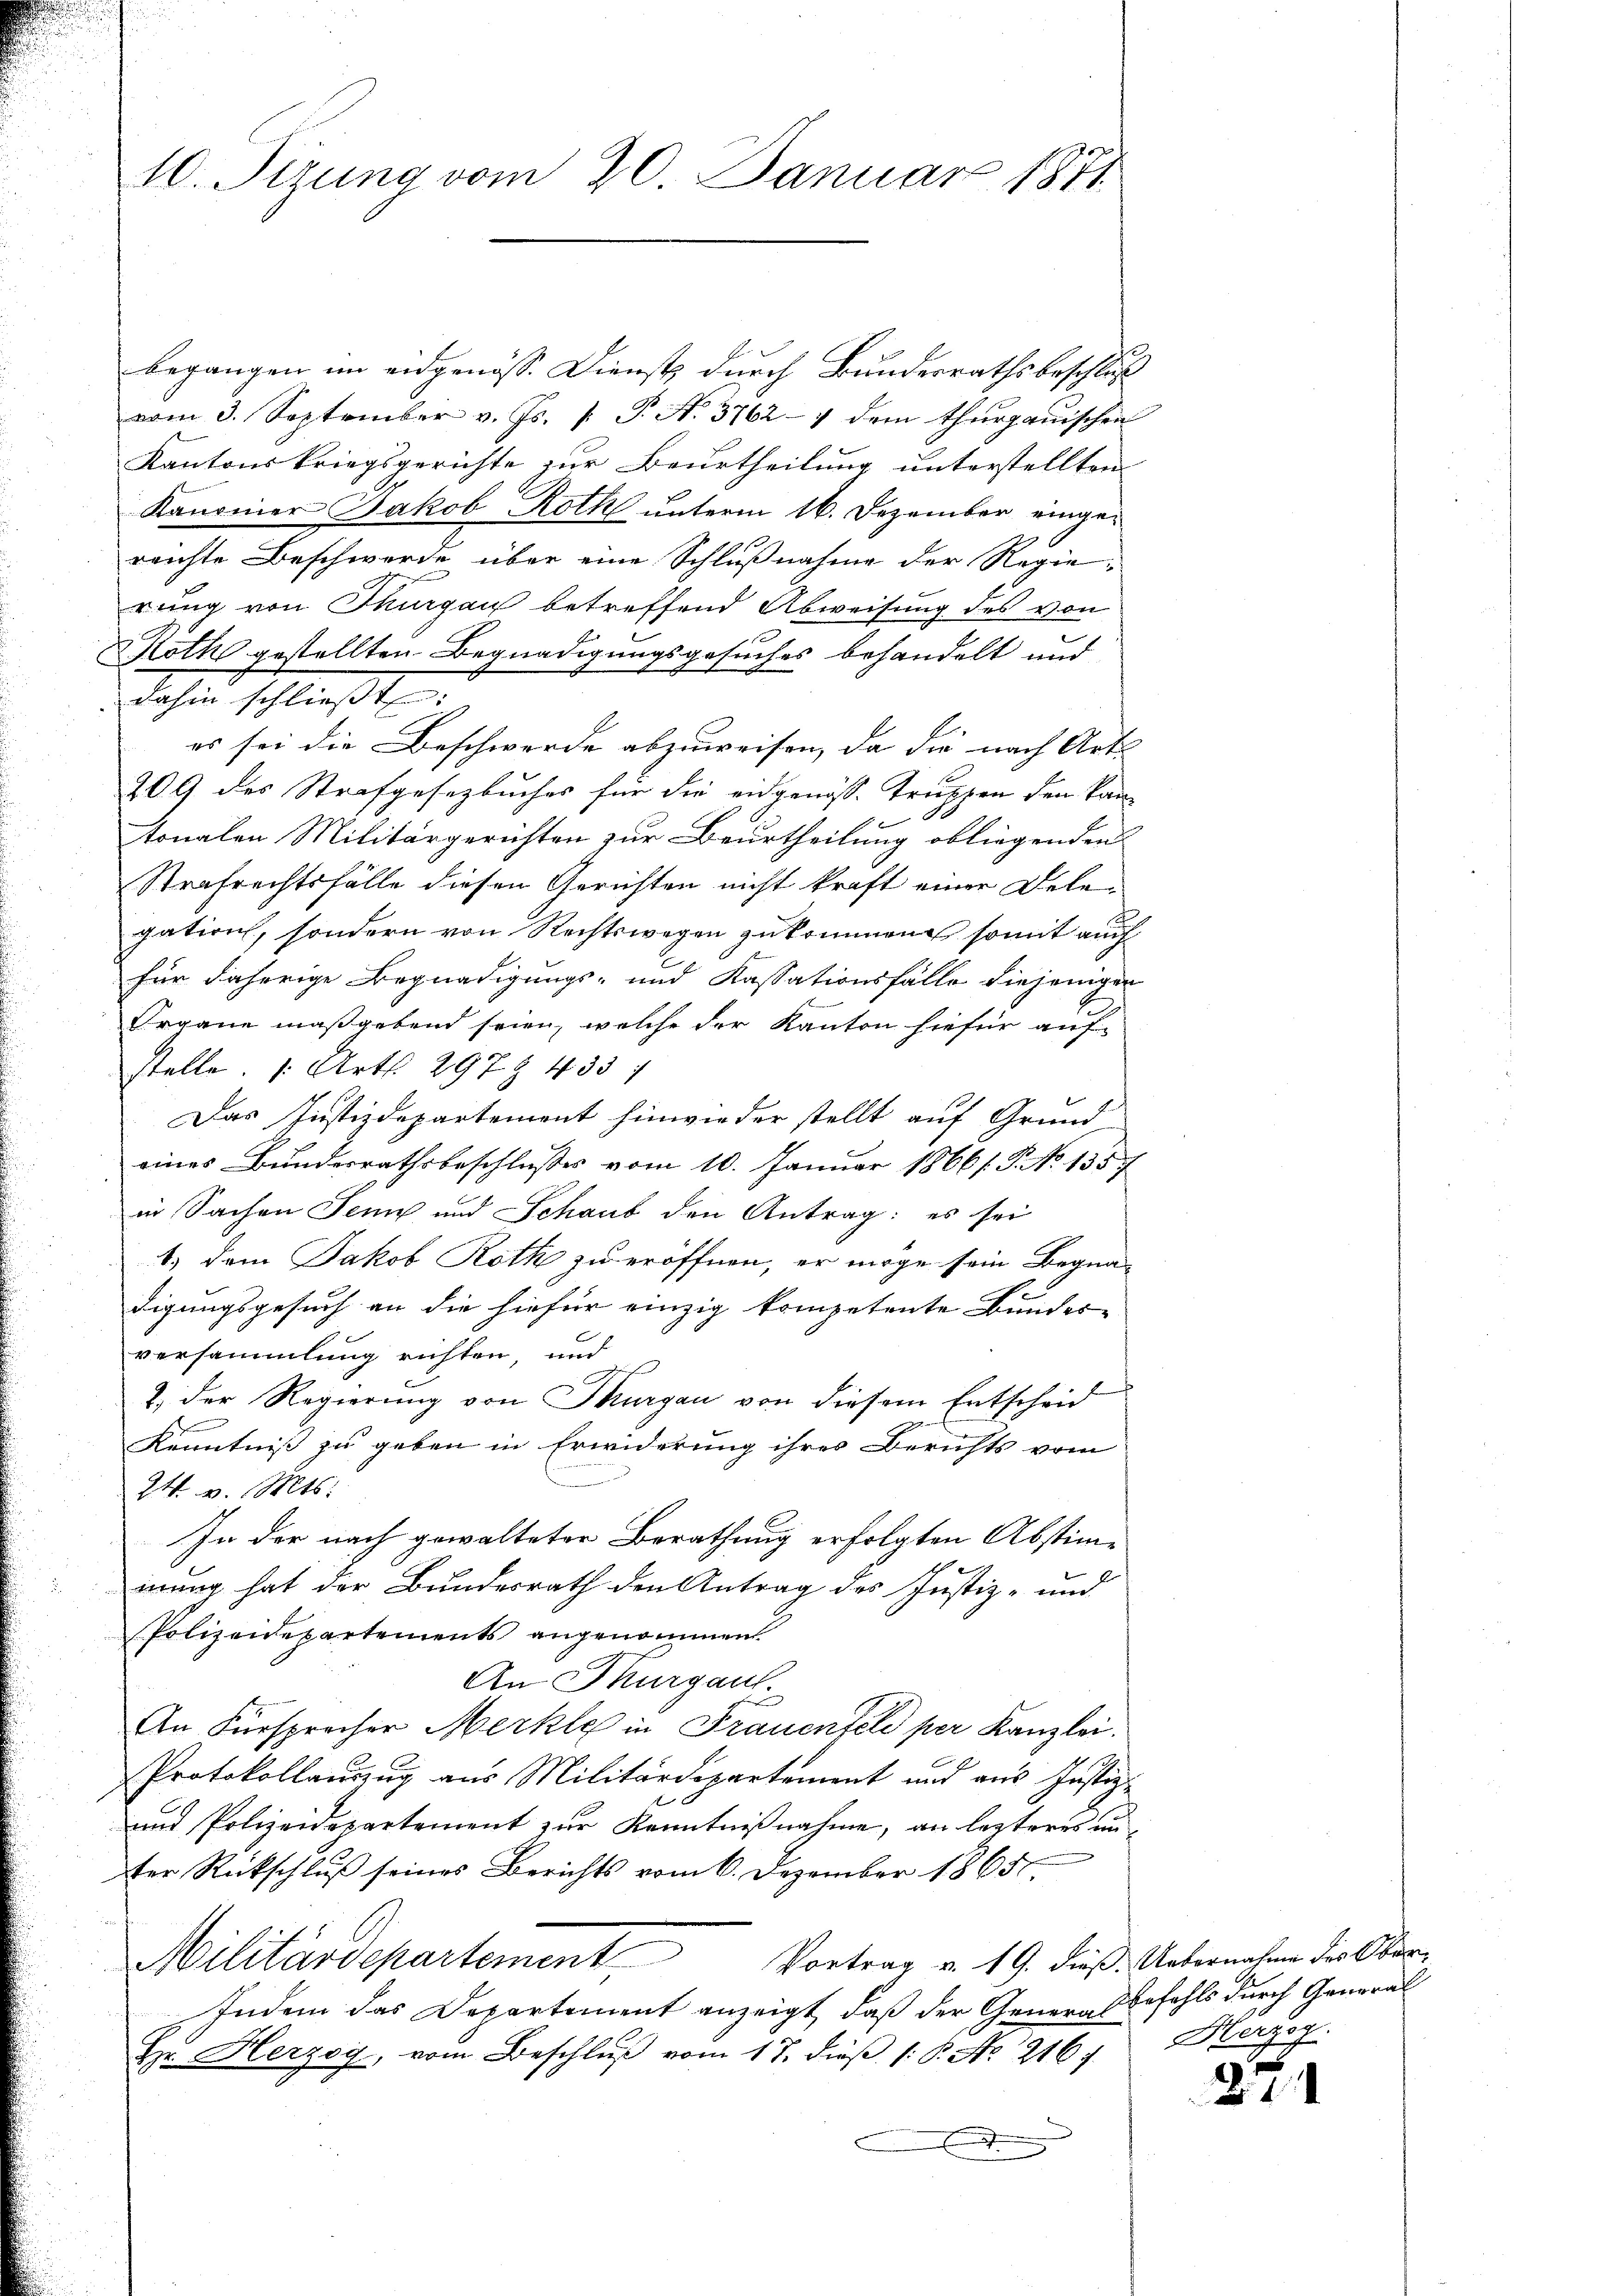
10. Sizung vom 20. Januar 1871

begangen im eidgenöss. Dienst durch Bundesrathsbeschluß
vom 3. September v. Js. [ P. N. 3762-4 dem Thurgauischen
Kantonskriegsgerichte zur Beurtheilung unterstellten
Kanonier Jakob Roth unterm 16. Dezember eingereichte Beschwerde über eine Schlußnahme der Regierung von Thurgau betreffend Abweisung des von
Roth gestellten Begnadigungsgesuches behandelt und
daher schließt
es sei die Beschwerde abzuweisen, da die nach Art
209 des Strafgesetzbuches für die eidgenös-Truppen den kan-
tonalen Militärgerichten zur Beurtheilung obliegenden
Strafrechtsfälle diesen Gerichten nicht kraft einer Delegation, sondern von Rechtswegen zukommen somit auch
für daherige Begnadigungs- und Kassationsfälle diejenigen
Organe maßgebend seien, welche der Kanton hiefür auf-
stelle. 1. Art. 297. 4331
Das Justizdepartement hinwieder stellt auf Grundeines Bundesrathsbeschlusses vom 10. Januar 1866/. P. No 135.
in Sachen Jenne und Schaub den Antrag: es sei
1.) Dem Jakob Roth zu eröffnen, er möge sein Begnadigungsgesuch an die hiefür einzig kompetente Bundes-
versammlung richten und
2.) Der Regierung von Thurgau von diesem Entscheid
Kenntniß zu geben in Erwiderung ihres Berichts vom
24. v. Mts.
In der nach gewalteter Berathung erfolgten Abstiminung hat der Bundesrath den Antrag des Justiz- und
Polizeidepartements angenommen.
An Thurgau.
An Fürsprecher Merkle in Frauenfeld per Kanzlei.
Protokollauszug aus Militärdepartement und aus Justiz-
und Polizeidepartement zur Kenntnißnahme, an lezteres unter Rückschluß seines Berichts vom 6. Dezember 1865.
Vortrag v. 19. dieß. Uebernahme des Ober¬
Militärdepartement,
Indem das Departement anzeigt, daß der Generalbefehls durch General
Hr. Herzog, vom Beschluß vom 17. dieß 1: P. Nr. 216. Herzog
.

27